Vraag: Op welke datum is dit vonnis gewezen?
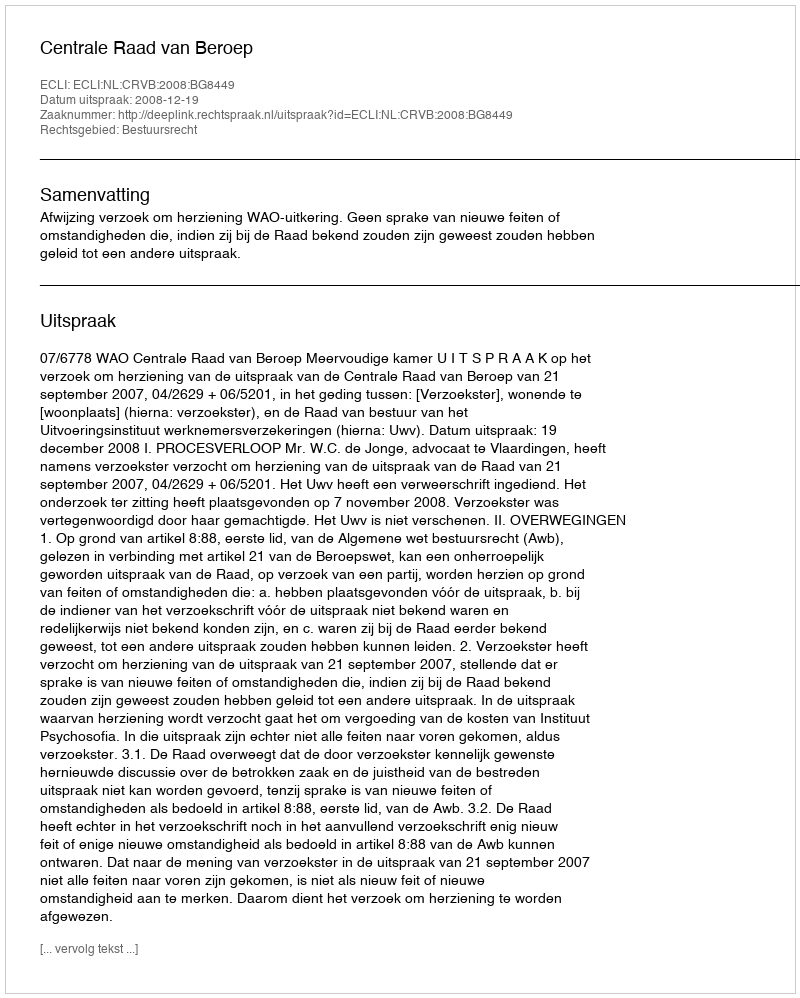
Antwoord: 2008-12-19